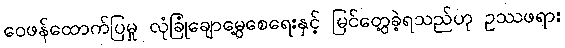
ဝေဖန်ထောက်ပြမှု လုံခြုံချောမွေ့စေရေးနှင့် မြင်တွေ့ခဲ့ရသည်ဟု ဥဿဖရား